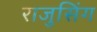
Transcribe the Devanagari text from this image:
राजुसिंग